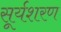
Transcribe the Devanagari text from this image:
सूर्यशरण